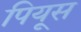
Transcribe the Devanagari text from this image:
पियूस